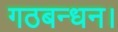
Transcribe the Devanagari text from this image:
गठबन्धन।